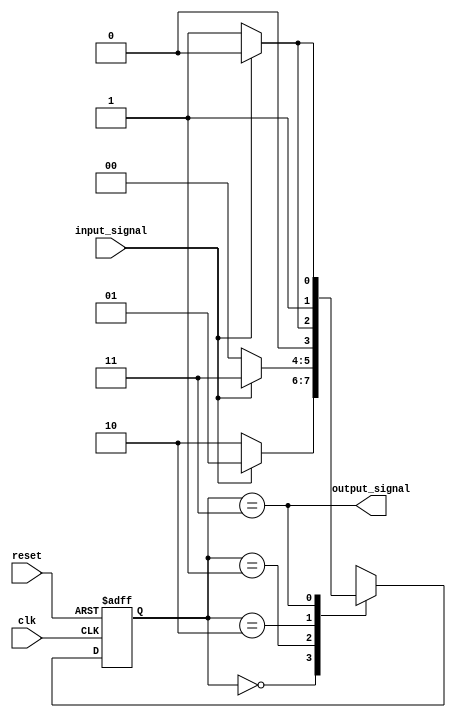
module FSM (
    input wire clk,        // Clock signal
    input wire reset,      // Reset signal
    input wire input_signal,  // Input signal
    output wire output_signal // Output signal
);

// Define states
parameter S0 = 2'b00;
parameter S1 = 2'b01;
parameter S2 = 2'b10;
parameter S3 = 2'b11;

// Define state register
reg [1:0] state_reg, next_state;

// State transition logic
always @ (posedge clk or posedge reset) begin
    if (reset) begin
        state_reg <= S0;
    end else begin
        state_reg <= next_state;
    end
end

// Next state logic
always @ (*) begin
    case (state_reg)
        S0: begin
            if (input_signal) begin
                next_state = S1;
            end else begin
                next_state = S2;
            end
        end
        S1: begin
            if (input_signal) begin
                next_state = S3;
            end else begin
                next_state = S0;
            end
        end
        S2: begin
            if (input_signal) begin
                next_state = S0;
            end else begin
                next_state = S1;
            end
        end
        S3: begin
            if (input_signal) begin
                next_state = S2;
            end else begin
                next_state = S3;
            end
        end
    endcase
end

// Output logic
assign output_signal = (state_reg == S3);

endmodule